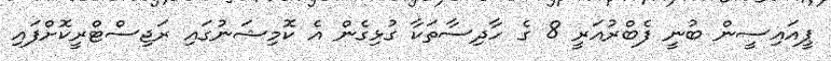
ޕީއައިސީން ބުނީ ފެބްރުއަރީ 8 ގެ ހާދިސާތަކާ ގުޅިގެން އެ ކޮމިޝަނުގައި ރަޖިސްޓްރީކޮށްފައި